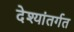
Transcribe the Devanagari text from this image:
देश्यांतर्गत